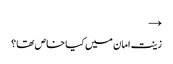
→
زینت امان میں کیا خاص تھا ؟